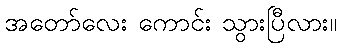
အတော်လေး ကောင်း သွားပြီလား။